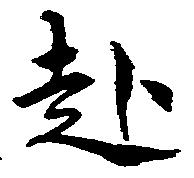
赴